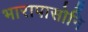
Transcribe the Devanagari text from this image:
भारापासोनि